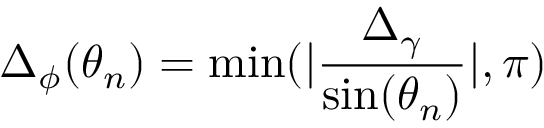
\Delta _ { \phi } ( \theta _ { n } ) = \mathrm { m i n } ( | \frac { \Delta _ { \gamma } } { \mathrm { s i n } ( \theta _ { n } ) } | , \pi )